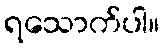
ရသောက်ပါ။